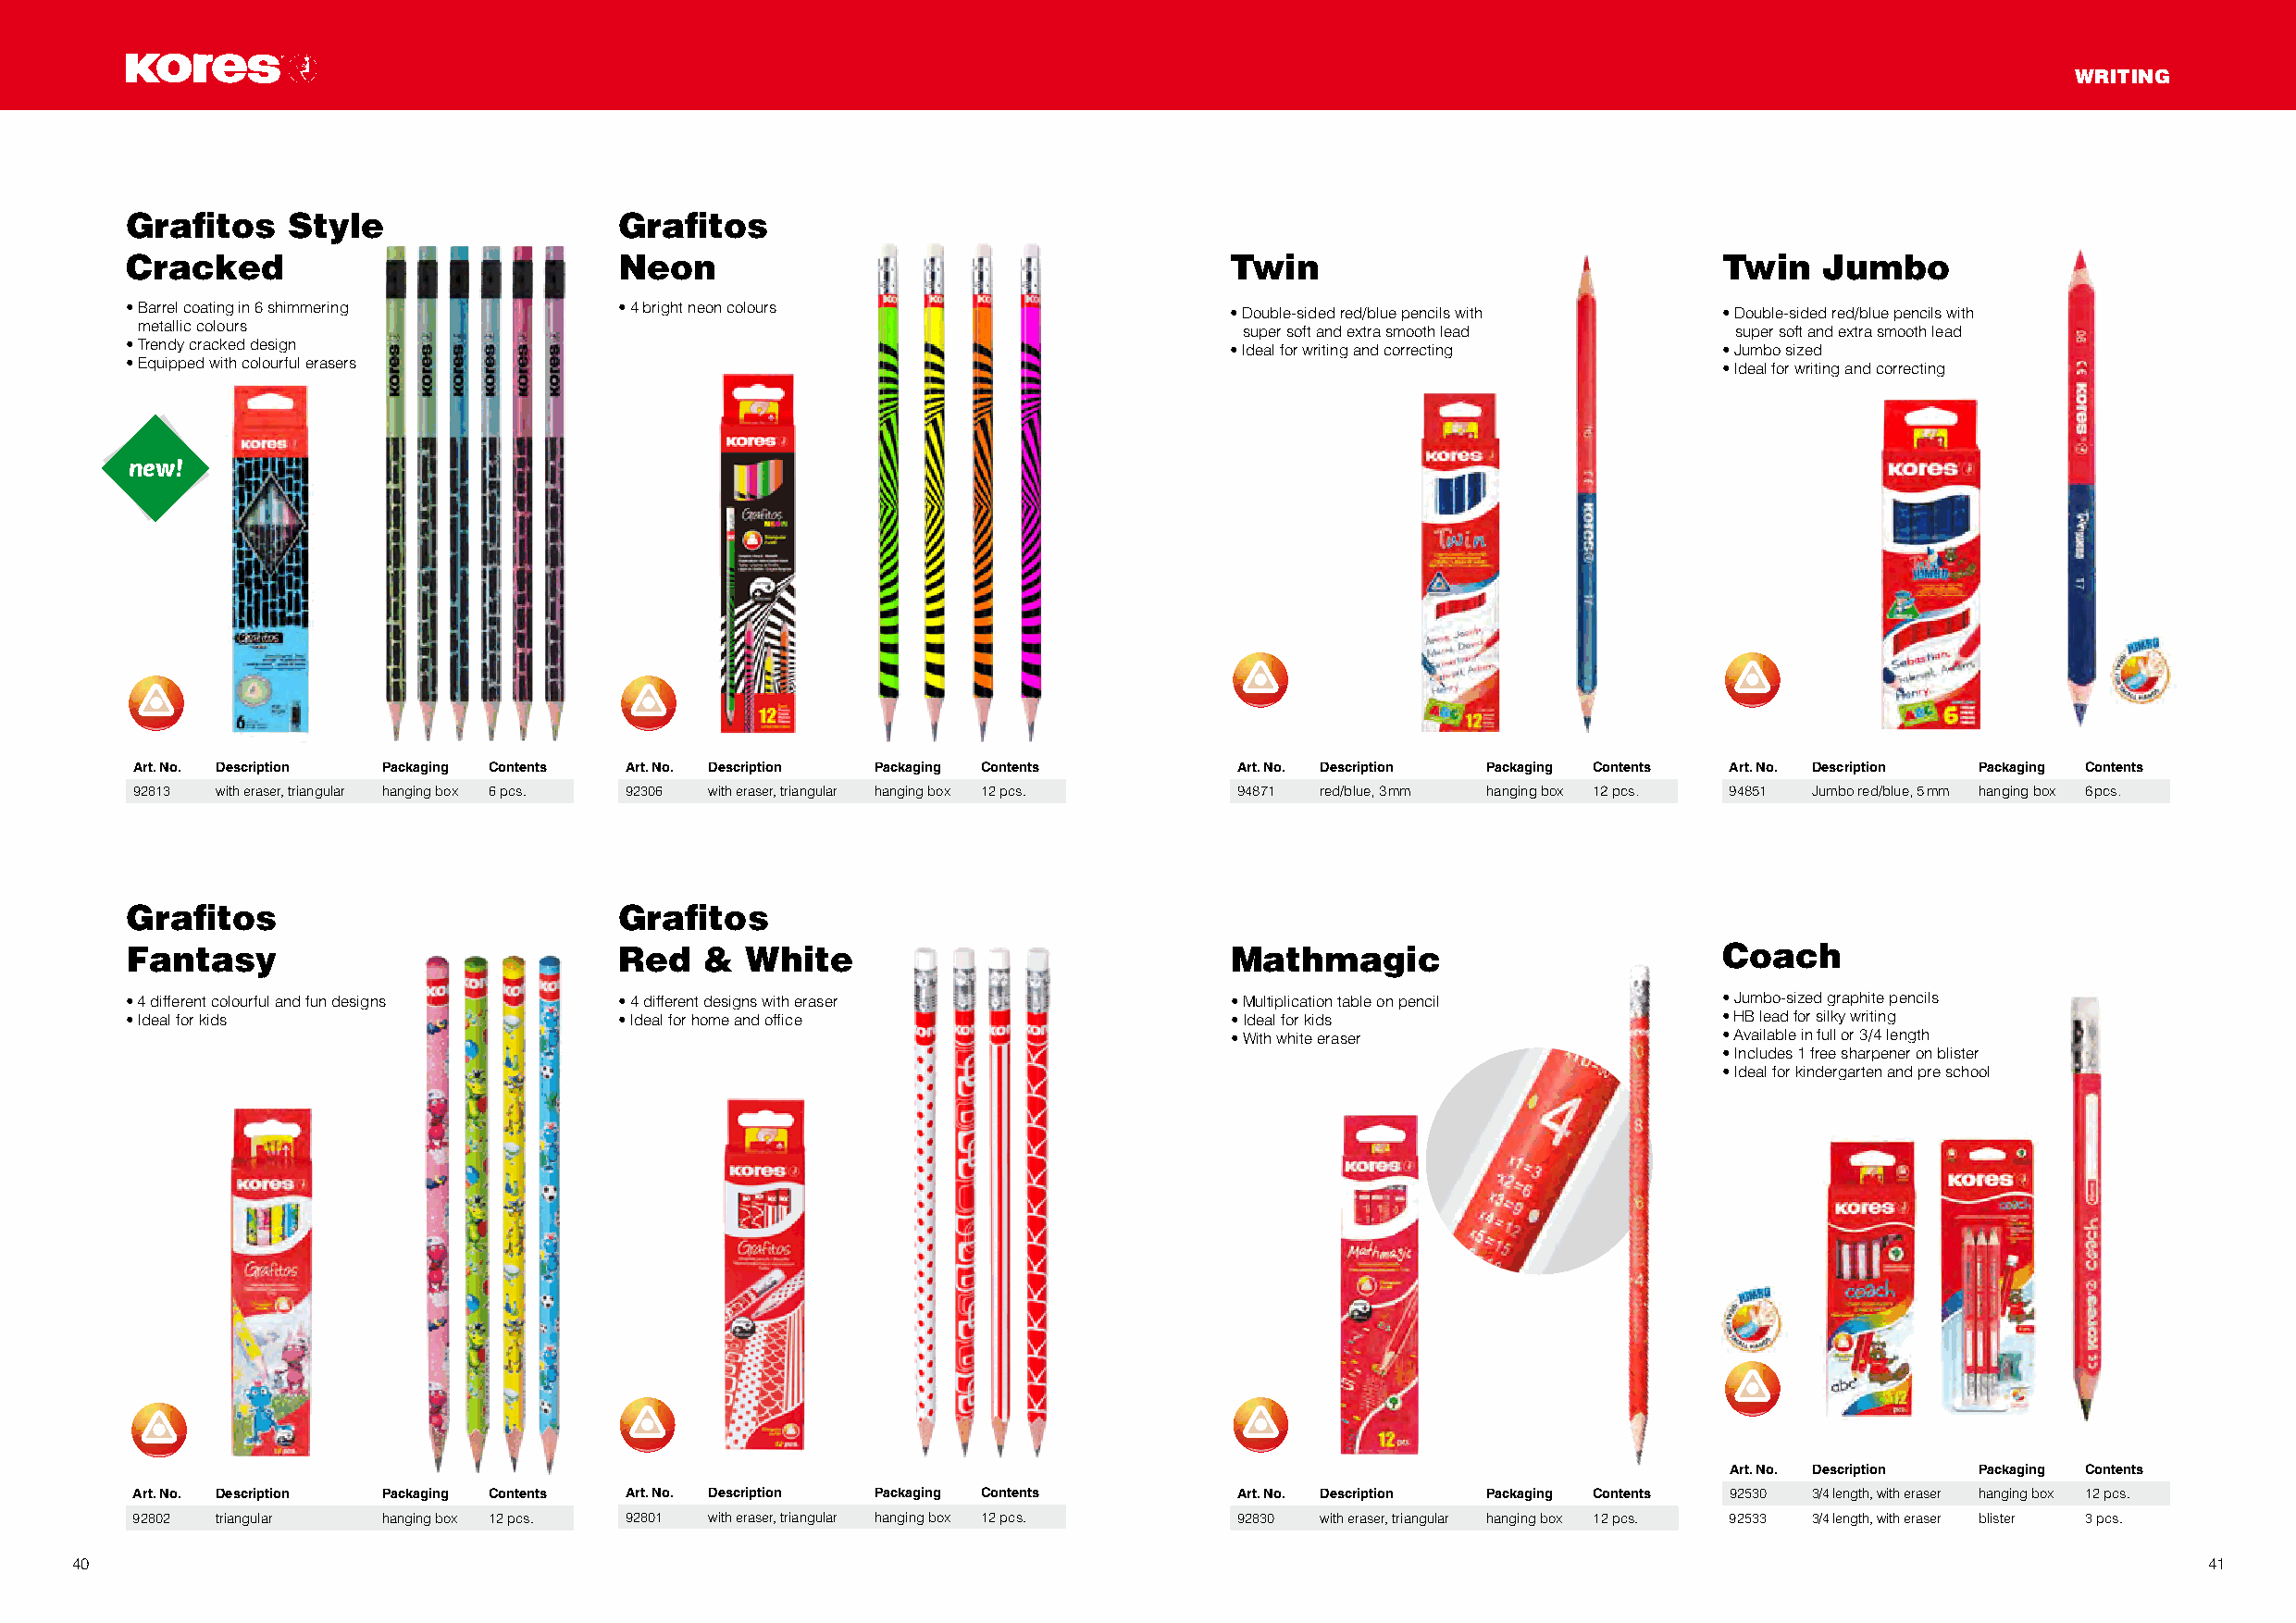
WRITING
 Grafitos    Style                  Grafitos
 Cracked                            Neon                                        Twin                               Twin   Jumbo
 • Barrel coating in 6 shimmering   • 4 bright neon colours                     • Double-sided red/blue pencils with • Double-sided red/blue pencils with
 metallic colours                                                               super soft and extra smooth lead   super soft and extra smooth lead
 • Trendy cracked design                                                        • Ideal for writing and correcting • Jumbo sized
 • Equipped with colourful erasers                                                                                 • Ideal for writing and correcting
 new!
 Art. No. Description Packaging Contents Art. No. Description Packaging Contents Art. No. Description Packaging Contents Art. No. Description Packaging Contents
 92813 with eraser, triangular hanging box 6 pcs. 92306 with eraser, triangular hanging box 12 pcs. 94871 red/blue, 3 mm hanging box 12 pcs. 94851 Jumbo red/blue, 5 mm hanging box 6 pcs.
 Grafitos                           Grafitos
 Fantasy                            Red   &  White                              Mathmagic                          Coach
 • 4 different colourful and fun designs • 4 different designs with eraser      • Multiplication table on pencil   • Jumbo-sized graphite pencils
 • Ideal for kids                   • Ideal for home and office                 • Ideal for kids                   • HB lead for silky writing
 • With white eraser                • Available in full or 3/4 length
 • Includes 1 free sharpener on blister
 • Ideal for kindergarten and pre school
 Art. No. Description Packaging Contents
 Art. No. Description Packaging Contents Art. No. Description Packaging Contents Art. No. Description Packaging Contents 92530 3/4 length, with eraser hanging box 12 pcs.
 92802 triangular  hanging box 12 pcs. 92801 with eraser, triangular hanging box 12 pcs. 92830 with eraser, triangular hanging box 12 pcs. 92533 3/4 length, with eraser blister 3 pcs.
 40                                                                                                                                                       41